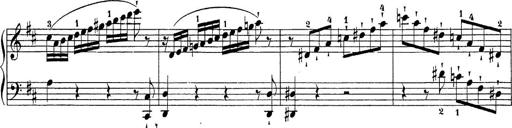
Title: Sonatina Album
Composer: Louis KÃ¶hler